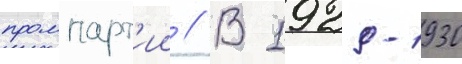
промпарт'ии // В 1929-1930